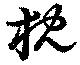
枕